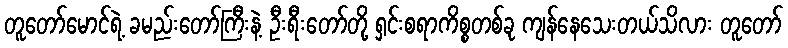
တူတော်မောင်ရဲ့ ခမည်းတော်ကြီးနဲ့ ဦးရီးတော်တို့ ရှင်းစရာကိစ္စတစ်ခု ကျန်နေသေးတယ်သိလား တူတော်